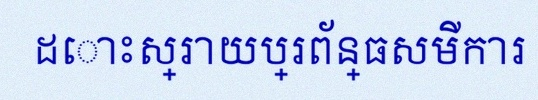
ដោះស្រាយប្រព័ន្ធសមីការ